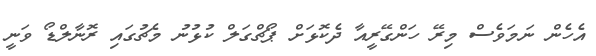
އެހެން ނަމަވެސް މިރޭ ހަންގޭރީއާ ދެކޮޅަށް ޕޯޗްގަލް ކުޅުނު މެޗުގައި ރޮނާލްޑޯ ވަނީ